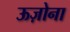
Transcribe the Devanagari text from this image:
ऊज़ोना